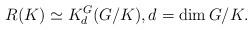
LaTeX: \begin{align*}R(K)\simeq K_d^G(G/K),d=\dim G/K.\end{align*}